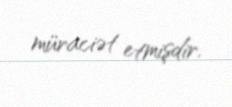
müraciət etmişdir.